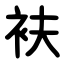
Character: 衭